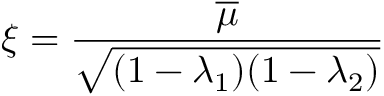
\xi = \frac { \overline { { { \mu } } } } { \sqrt { ( 1 - \lambda _ { 1 } ) ( 1 - \lambda _ { 2 } ) } }